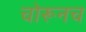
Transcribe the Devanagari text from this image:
चोरूनच